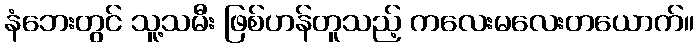
နံဘေးတွင် သူ့သမီး ဖြစ်ဟန်တူသည့် ကလေးမလေးတယောက်။